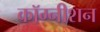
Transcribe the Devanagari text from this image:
कॉग्नीशन